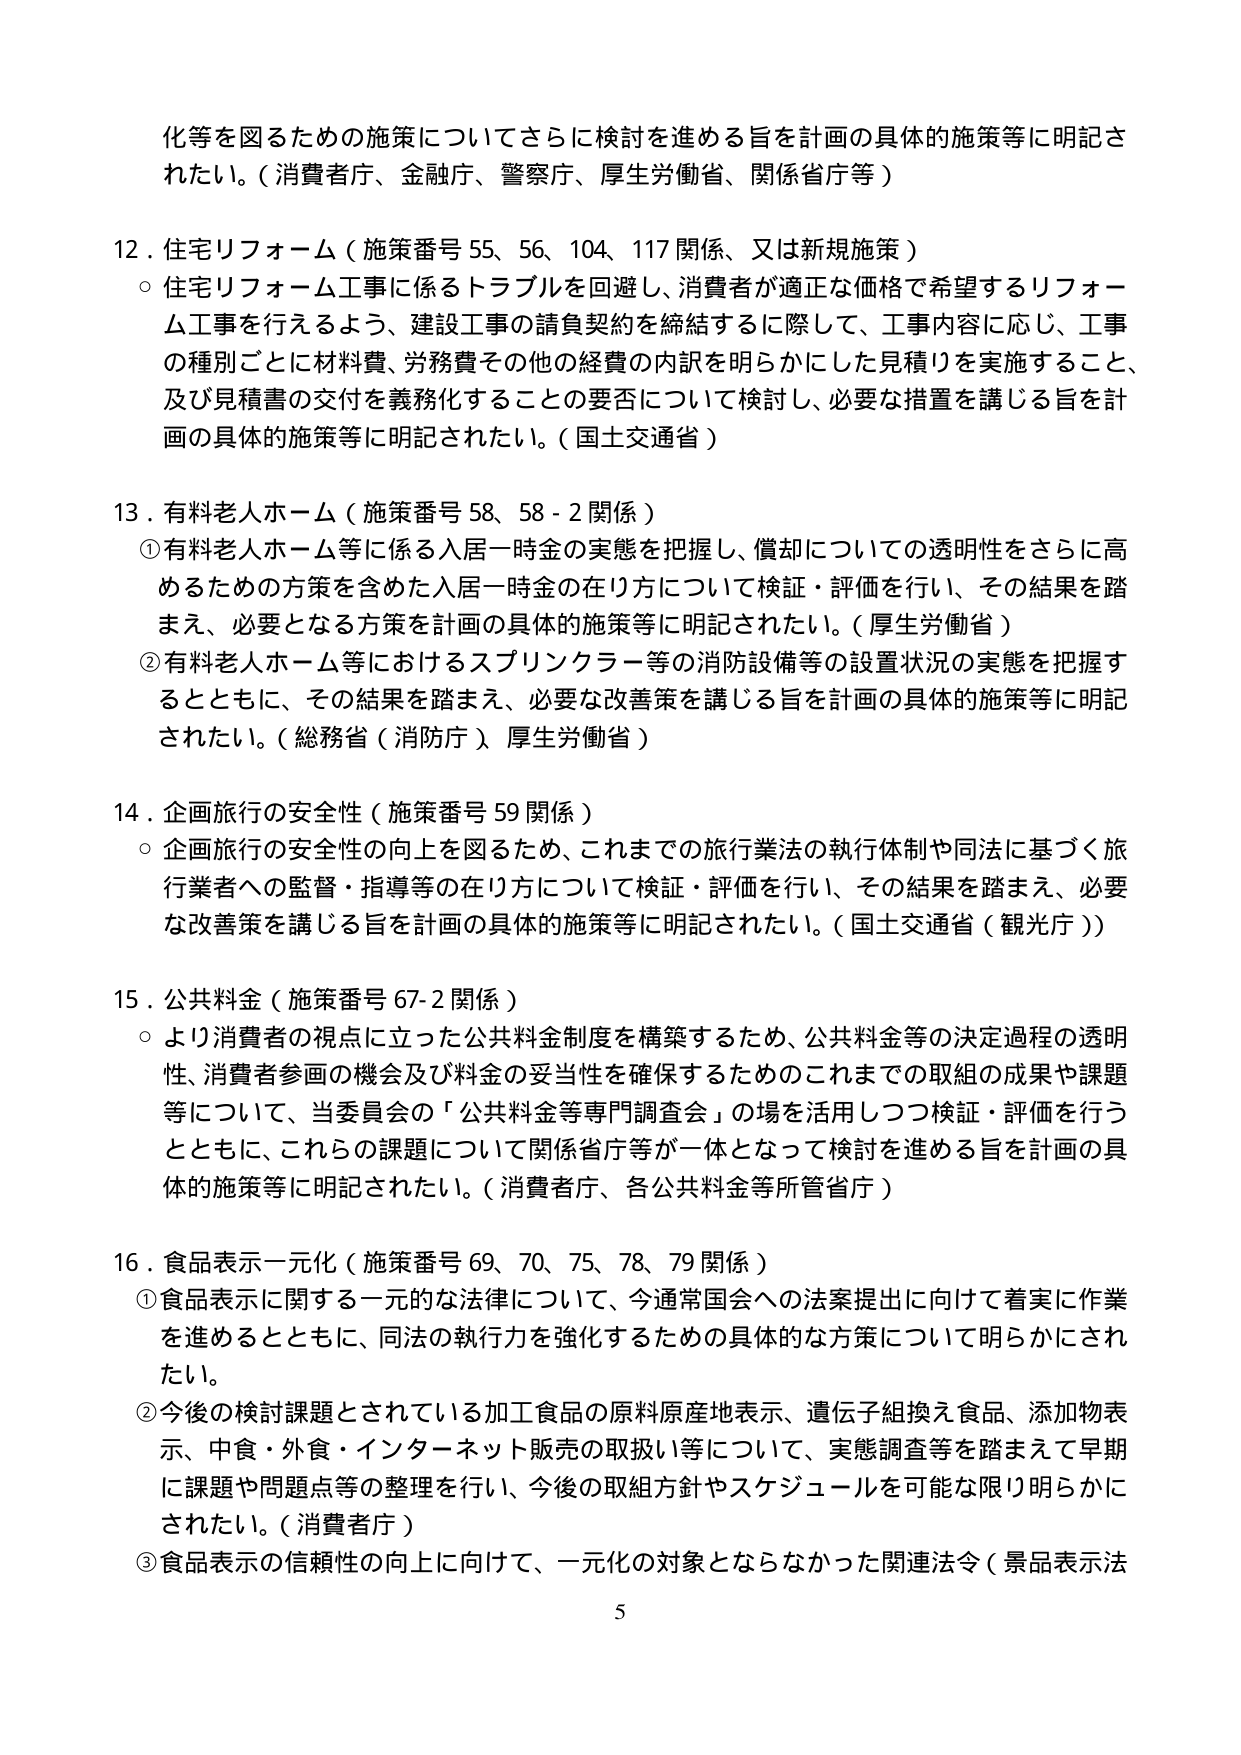
化等を図るための施策についてさらに検討を進める旨を計画の具体的施策等に明記されたい。（消費者庁、金融庁、警察庁、厚生労働省、関係省庁等）

12．住宅リフォーム（施策番号 55、56、104、117 関係、又は新規施策）
○ 住宅リフォーム工事に係るトラブルを回避し、消費者が適正な価格で希望するリフォーム工事を行えるよう、建設工事の請負契約を締結するに際して、工事内容に応じ、工事の種別ごとに材料費、労務費その他の経費の内訳を明らかにした見積りを実施すること、及び見積書の交付を義務化することの要否について検討し、必要な措置を講じる旨を計画の具体的施策等に明記されたい。（国土交通省）

13．有料老人ホーム（施策番号 58、58-2 関係）
① 有料老人ホーム等に係る入居一時金の実態を把握し、償却についての透明性をさらに高めるための方策を含めた入居一時金の在り方について検証・評価を行い、その結果を踏まえ、必要となる方策を計画の具体的施策等に明記されたい。（厚生労働省）
② 有料老人ホーム等におけるスプリンクラー等の消防設備等の設置状況の実態を把握するとともに、その結果を踏まえ、必要な改善策を講じる旨を計画の具体的施策等に明記されたい。（総務省（消防庁）、厚生労働省）

14．企画旅行の安全性（施策番号 59 関係）
○ 企画旅行の安全性の向上を図るため、これまでの旅行業法の執行体制や同法に基づく旅行業者への監督・指導等の在り方について検証・評価を行い、その結果を踏まえ、必要な改善策を講じる旨を計画の具体的施策等に明記されたい。（国土交通省（観光庁））

15．公共料金（施策番号 67-2 関係）
○ より消費者の視点に立った公共料金制度を構築するため、公共料金等の決定過程の透明性、消費者参画の機会及び料金の妥当性を確保するためのこれまでの取組の成果や課題等について、当委員会の「公共料金等専門調査会」の場を活用しつつ検証・評価を行うとともに、これらの課題について関係省庁等が一体となって検討を進める旨を計画の具体的施策等に明記されたい。（消費者庁、各公共料金等所管省庁）

16．食品表示一元化（施策番号 69、70、75、78、79 関係）
① 食品表示に関する一元的な法律について、今通常国会への法案提出に向けて着実に作業を進めるとともに、同法の執行力を強化するための具体的な方策について明らかにされたい。
② 今後の検討課題とされている加工食品の原料原産地表示、遺伝子組換え食品、添加物表示、中食・外食・インターネット販売の取扱い等について、実態調査等を踏まえて早期に課題や問題点等の整理を行い、今後の取組方針やスケジュールを可能な限り明らかにされたい。（消費者庁）
③ 食品表示の信頼性の向上に向けて、一元化の対象とならなかった関連法令（景品表示法

5